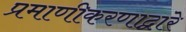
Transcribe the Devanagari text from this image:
प्रमाणीकरणाद्वारे